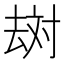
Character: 𱑪